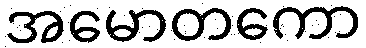
အမောတကော